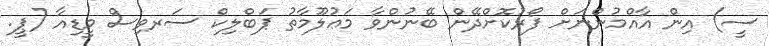
ސީ) އިން އާއްމުންނަށް ފޯރުކޮށްދޭން ބޭނުންވާ މަޢުލޫމާތު ޕަބްލިކް ސަރވިސް މީޑިއާ (ޕީ.